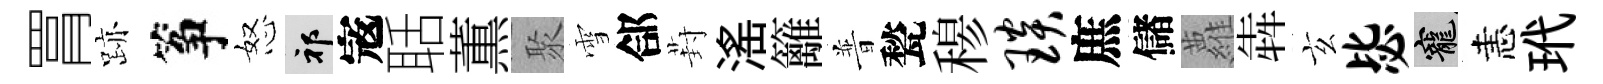
罥跡筝怒祁𡨥聒薫聚雪郃葑滛籬普甃𥠇琰庶儲蘿犇玄毖寵恚玳